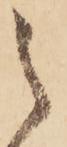
之